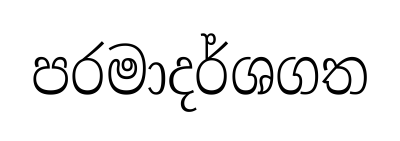
පරමාදර්ශගත